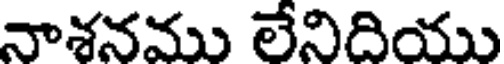
నాశనము లేనిదియు